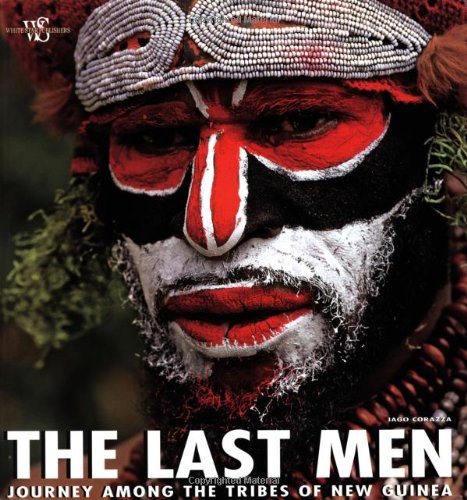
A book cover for The Last Men: Journey Among the Tribes of New Guinea; Iago Corazza; Travel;